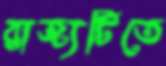
রাজ্যটিতে